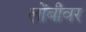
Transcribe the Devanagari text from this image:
लोंबीवर